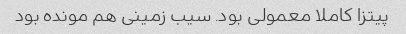
پیتزا کاملا معمولی بود. سیب زمینی هم مونده بود